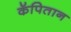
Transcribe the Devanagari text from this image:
कॅपितान